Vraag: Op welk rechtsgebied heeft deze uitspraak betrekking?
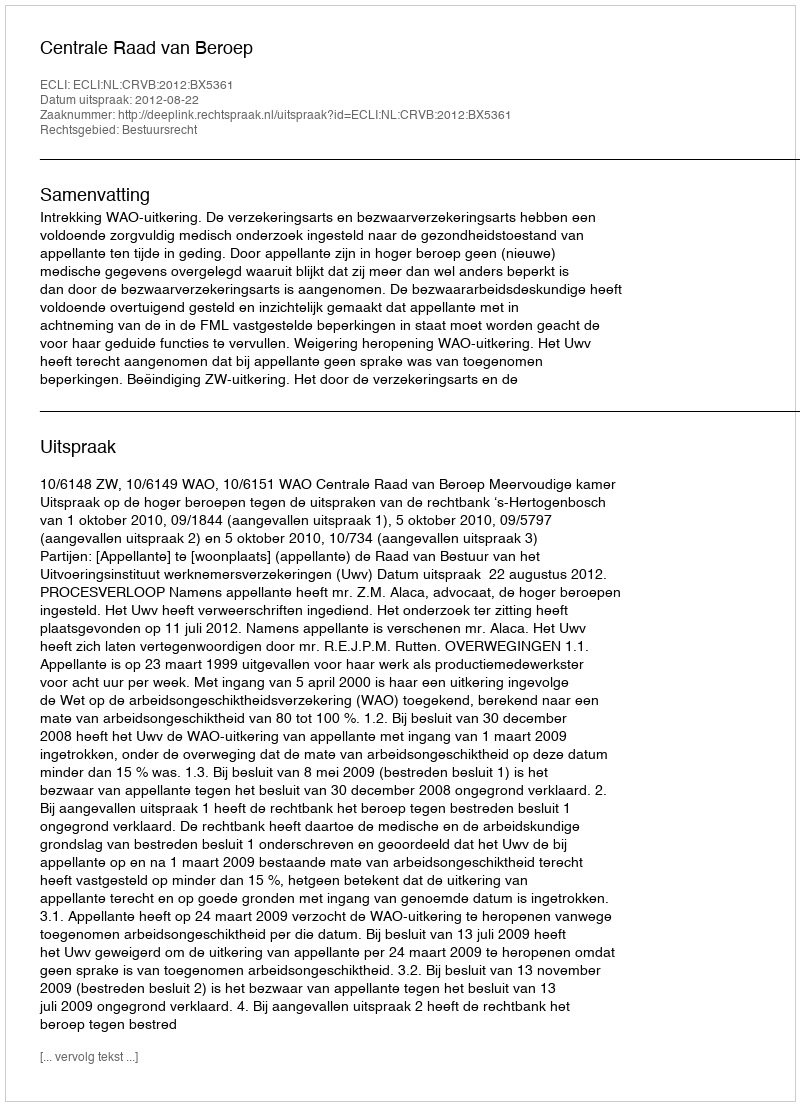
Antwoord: Bestuursrecht